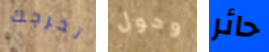
تخرجك وحول حائر